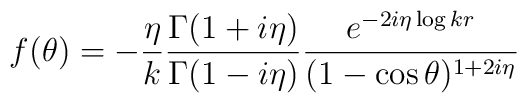
f(\theta)=-{\eta\over  k}{\Gamma(1+i\eta)\over\Gamma(1-i\eta)}{e^{-2i\eta\log kr}\over (1-\cos\theta)^{1+2i\eta}}